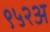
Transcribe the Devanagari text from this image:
९५२अ